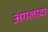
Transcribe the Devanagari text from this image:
अंगलादा